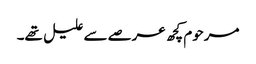
مرحوم کچھ عرصے سے علیل تھے۔